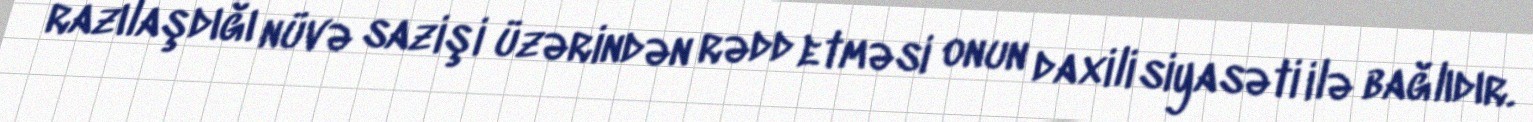
razılaşdığı nüvə sazişi üzərindən rədd etməsi onun daxili siyasəti ilə bağlıdır.